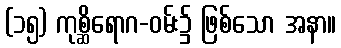
(၁၅) ကုစ္ဆိရောဂ-ဝမ်း၌ ဖြစ်သော အနာ။